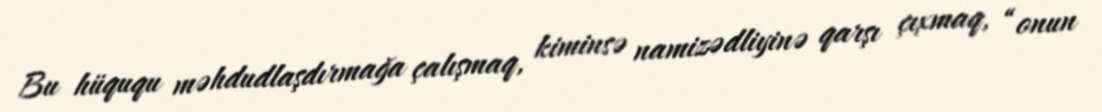
Bu hüququ məhdudlaşdırmağa çalışmaq, kiminsə namizədliyinə qarşı çıxmaq, “onun